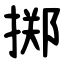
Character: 掷